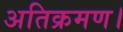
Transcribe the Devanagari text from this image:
अतिक्रमण।